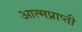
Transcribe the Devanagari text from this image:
आत्मप्राप्ती